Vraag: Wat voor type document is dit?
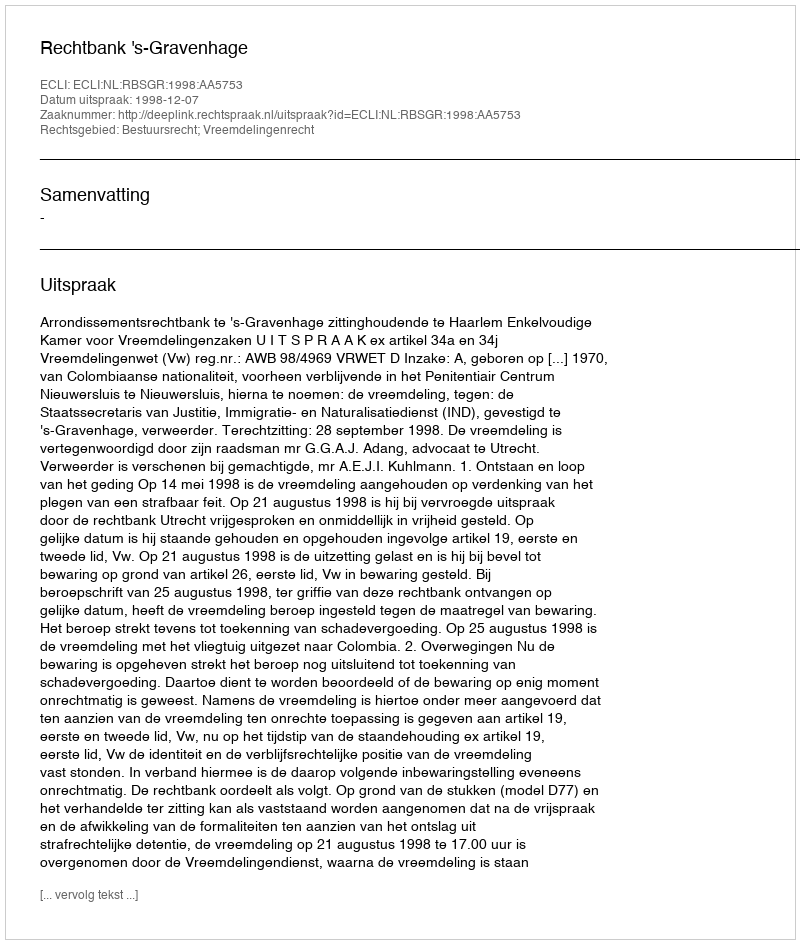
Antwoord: Uitspraak